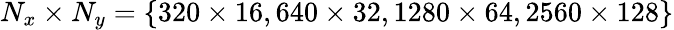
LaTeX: N_{x}\times N_{y}=\{ 320\times 16,640\times 32,1280\times 64,2560\times 128\}